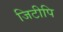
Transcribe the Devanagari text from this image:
जिटीपि